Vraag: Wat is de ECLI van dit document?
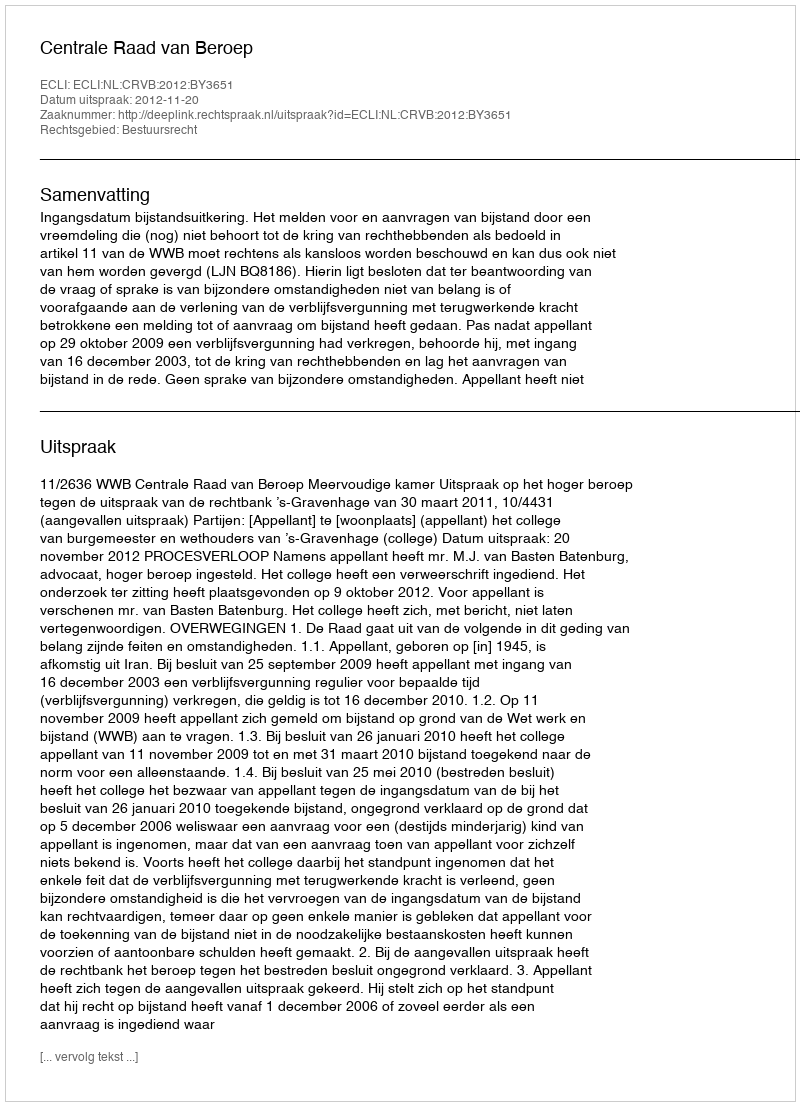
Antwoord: ECLI:NL:CRVB:2012:BY3651